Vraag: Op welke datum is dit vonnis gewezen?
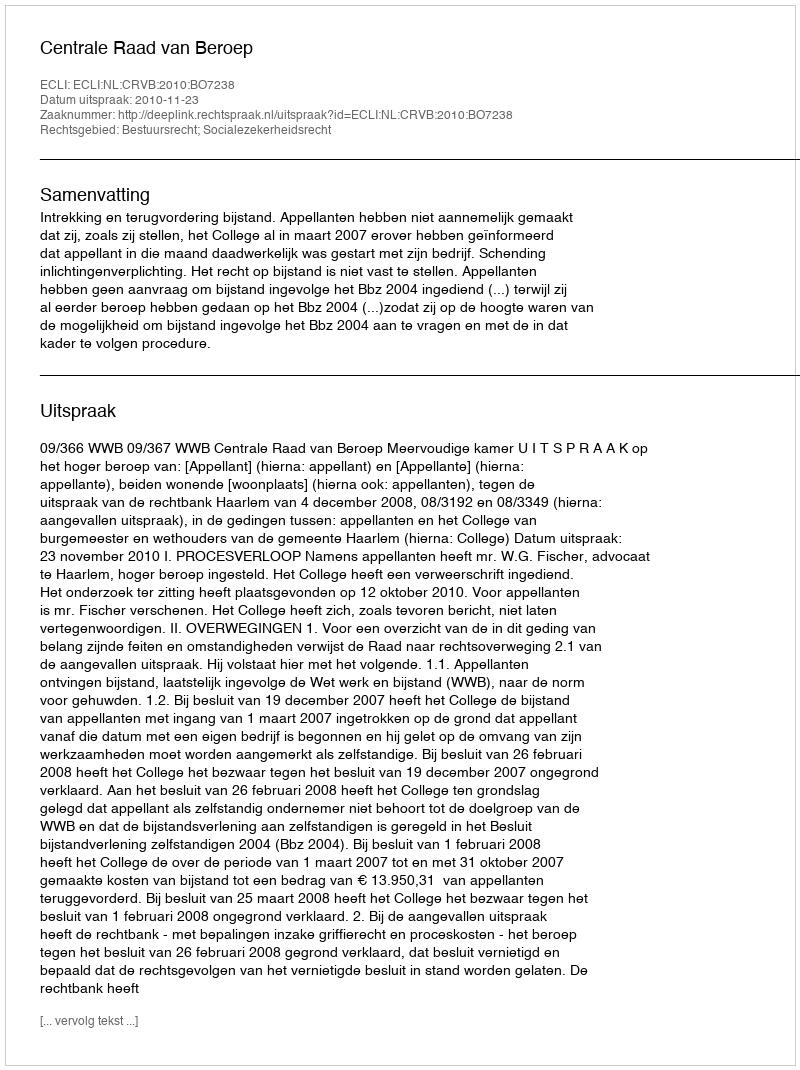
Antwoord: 2010-11-23